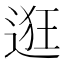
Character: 逛